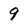
Character: 9